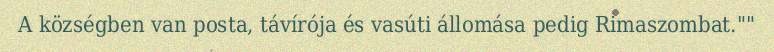
A községben van posta, távírója és vasúti állomása pedig Rimaszombat.""